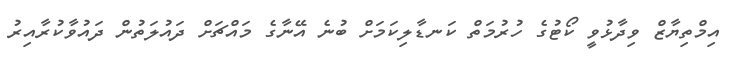
އިމްތިޔާޒް ވިދާޅުވީ ކޯޓުގެ ހުރުމަތް ކަނޑާލިކަމަށް ބުނެ އޭނާގެ މައްޗަށް ދައުލަތުން ދައުވާކުރާއިރު